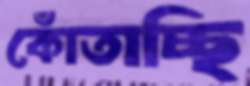
কোঁতাচ্ছি